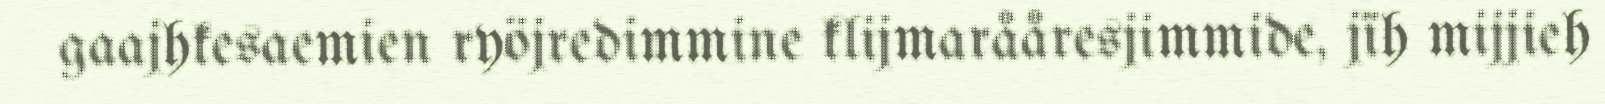
gaajhkesaemien ryöjredimmine klijmarååresjimmide, jïh mijjieh